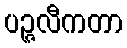
ပဉ္ဇလီကတာ